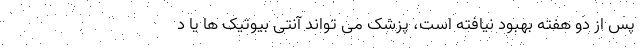
پس از دو هفته بهبود نیافته است، پزشک می تواند آنتی بیوتیک ها یا د